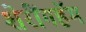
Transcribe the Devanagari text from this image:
शेरींगहॅम